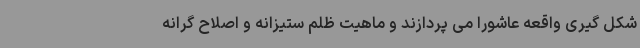
شکل گیری واقعه عاشورا می پردازند و ماهیت ظلم ستیزانه و اصلاح گرانه